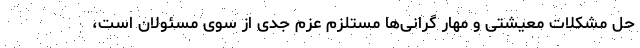
حل مشکلات معیشتی و مهار گرانی‌ها مستلزم عزم جدی از سوی مسئولان است،